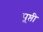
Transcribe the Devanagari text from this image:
पूष्ती